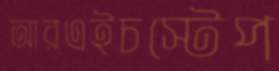
আরএইচস্টেপ